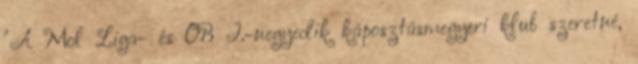
"A Mol Liga- és OB I.-negyedik káposztásmegyeri klub szeretné,